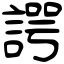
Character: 諤